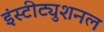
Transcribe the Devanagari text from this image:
इंस्टीट्युशनल